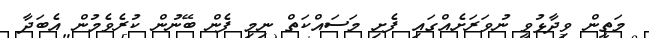
މަތީން ވިދާޅުވީ ނުވަރަށެއްގައި ފެށި މަސައްކަތް ނިމި ފެން ބޭނުން ކުރެވެމުން އެބަދާ